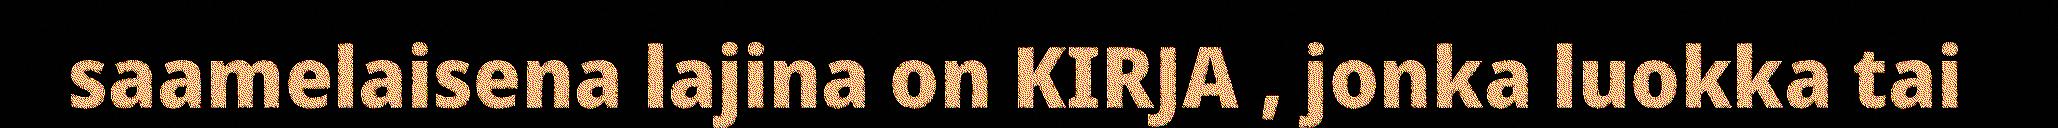
saamelaisena lajina on KIRJA , jonka luokka tai